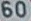
60